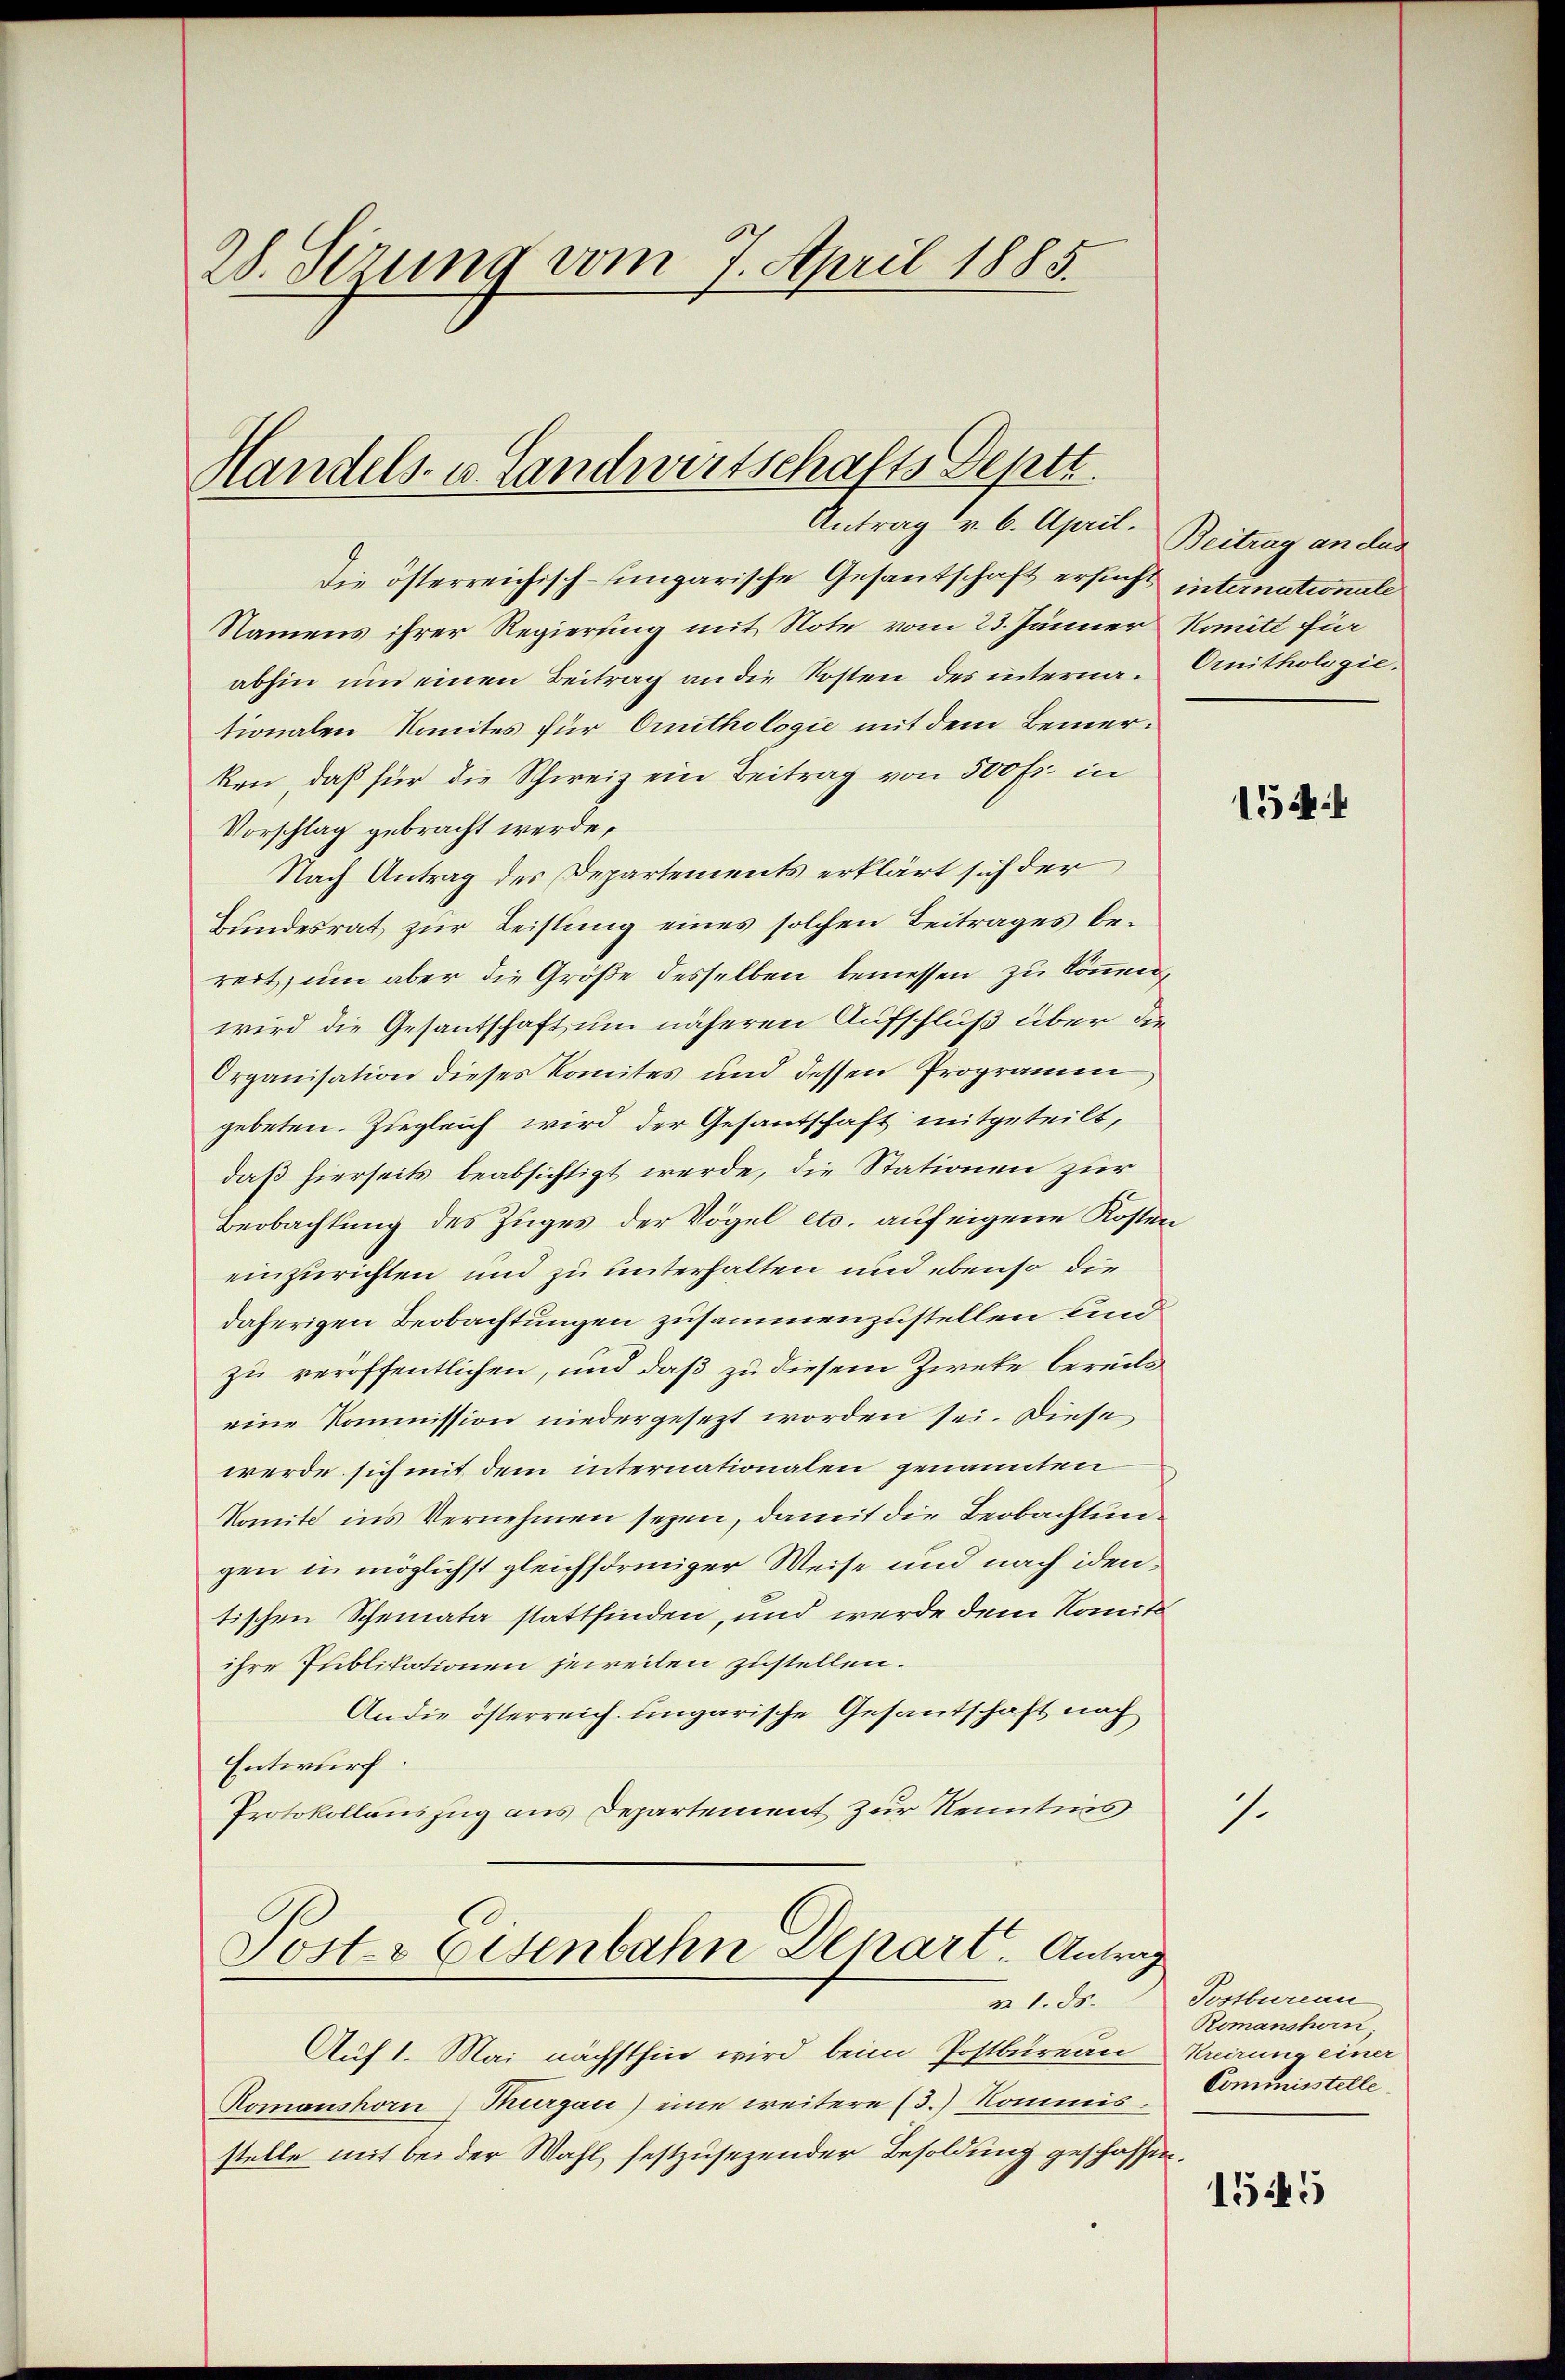
28. Sezung vom 7. April 1885

Handels- u. Landwirtschafts Deptt
Antrag d. 6. April.

Die österreichisch-ungarische Gesantschaft ersucht internationale
Namens ihrer Regierung mit Note vom 23. Jänner Komitt für
abhin um einen Beitrag an die Kosten des interna-Ornithologie-
tionalen Komites für Ornithologie mit dem Bemerken, daß für die Schweiz ein Beitrag von 500 fr. in
Vorschlag gebracht werde,
Nach Antrag des Departements erklärt sich der
Bundesrat zur Leistung eines solchen Beitrages berert, um aber die Größe desselben bemessen zu könnenwird die Gesantschaft um näheren Aufschluß über die
Organisation dieses Komites und dessen Programm
gebeten. Ziegleich wird der Gesantschaft mitgeteilt,
daß hierseits beabsichtigt werde, die Stationen zur
Beobachtung des Zuges der Vögel etc. auf eigene Kosten
einzurichten und zu unterhalten und ebenso die
daherigen Beobachtungen zusammenzustellen und
zu veröffentlichen, und daß zu diesem Zweke bereits
eine Kommission niedergesetzt worden sei. Diese
werde sich mit dem internationalen genannten
Komit ins Vernehmen seyen, damit die Beobachtungen in möglichst gleichförmiger Weise und nach identischen Scheinata stattfinden, und werde dem Nomitt
ihre Publikationen jeweilen zustellen.
An die österreich. ungarische Gesantschaft nach
Entwurf.
Protokollauszug aus Departement zur Kenntnis

Posts Eisenbahn Depart. Antrag
m 1. ds.

Beitrag an dur

Auf 1. Mai nächsthin wird beim Postbureau Kreizung einer
Romanshorn Thurgau) eine weitere (3.) Kommis.
stelle mit bei der Wahl festzusezender Besoldung geschaffen.

1

15

Postbureau
Romanshorn,
Commisstelle

1545